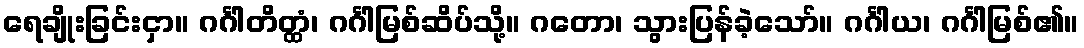
ရေချိုးခြင်းငှာ။ ဂင်္ဂါတိတ္ထံ၊ ဂင်္ဂါမြစ်ဆိပ်သို့။ ဂတော၊ သွားပြန်ခဲ့သော်။ ဂင်္ဂါယ၊ ဂင်္ဂါမြစ်၏။